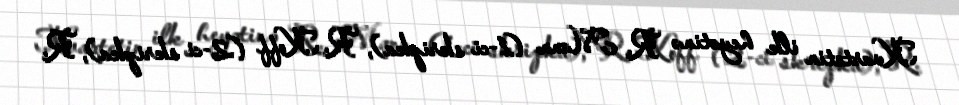
Kvartetin ilk heyətinə R. Mann (1-ci skripka), R. Koff (2-ci skripka), R.